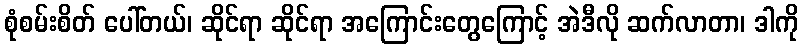
စုံစမ်းစိတ် ပေါ်တယ်၊ ဆိုင်ရာ ဆိုင်ရာ အကြောင်းတွေကြောင့် အဲဒီလို ဆက်လာတာ၊ ဒါကို